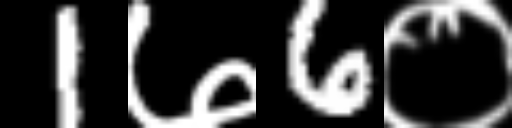
Text: 1७6०